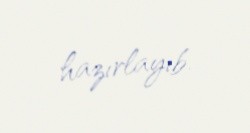
hazırlayıb.